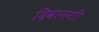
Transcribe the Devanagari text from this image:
दिवानगी